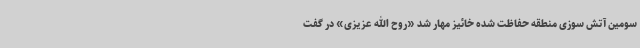
سومین آتش سوزی منطقه حفاظت شده خائیز مهار شد «روح الله عزیزی» در گفت